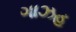
ગાઝહ